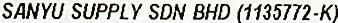
SANYU SUPPLY SDN BHD (1135772-K)